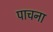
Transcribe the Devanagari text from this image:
पाचना